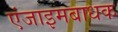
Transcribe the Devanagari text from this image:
एंजाइमबाधक